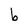
Character: b